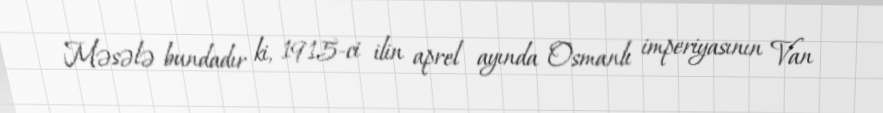
Məsələ bundadır ki, 1915-ci ilin aprel ayında Osmanlı imperiyasının Van